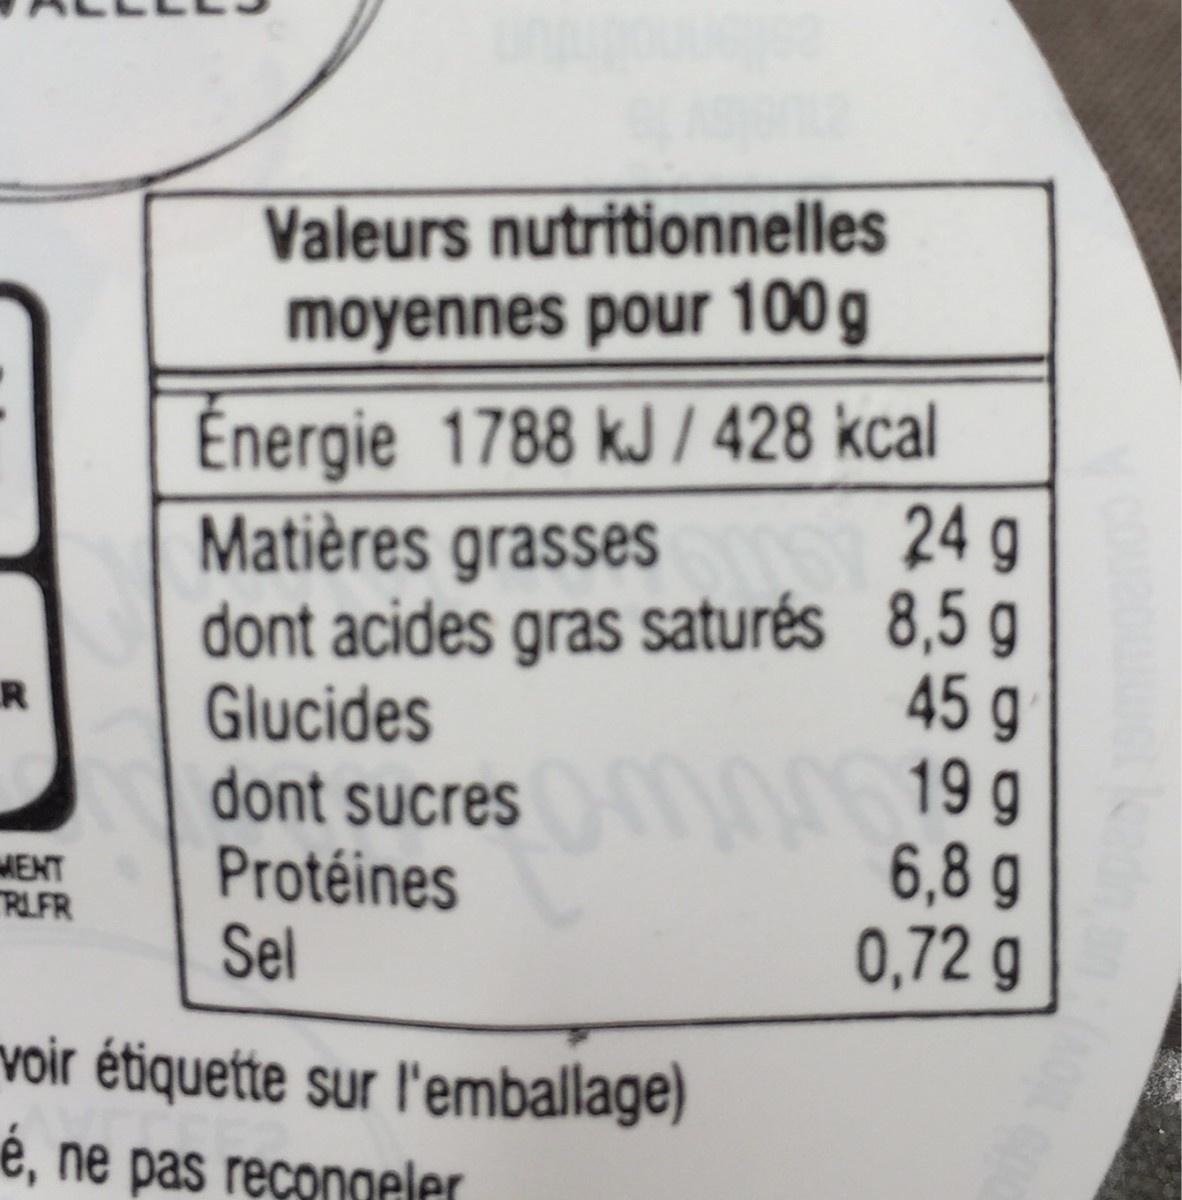
Valeurs nutritionnelles
moyennes pour 100 g
Énergie 1788 kJ | 428 kcal
24 g
Matières grasses dont acides gras saturés 8,5 g Glucides dont sucres Protéines Sel
45 g 19 g 6,8 g 0,72 g
R
MENT RLFR
voir étiquette sur l'emballage)
e, ne pas reçongeler